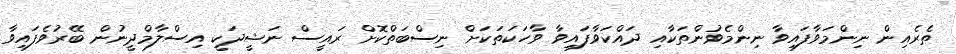
ތެރެއިން ނިންމަވާފައިވާ ނިންމެވުންތަކާއި ދައްކަވާފައިވާ ވާހަކަތަކަށް ނިސްބަތްކޮށް ރައީސް ނަޝީދަކީ އިސްލާމްދީނުން ބޭރުވެފައިވާ